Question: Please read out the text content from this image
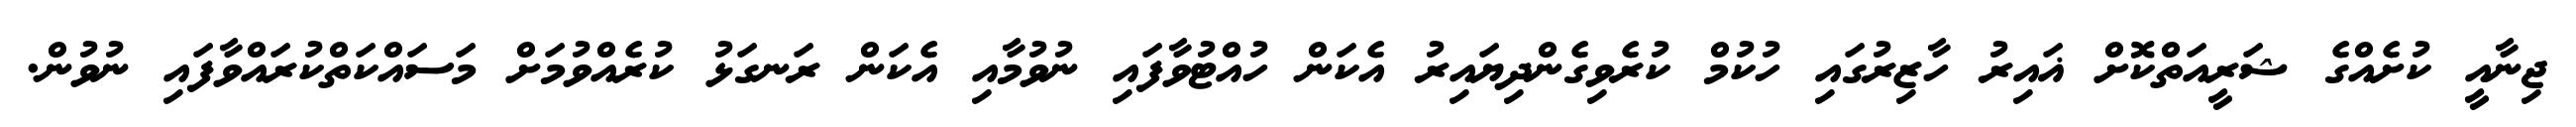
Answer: ޖިނާއީ ކުށެއްގެ ޝަރީއަތްކޮށް ޣައިރު ހާޒިރުގައި ހުކުމް ކުރެވިގެންދިޔައިރު އެކަން ހުއްޓުވާފައި ނުވުމާއި އެކަން ރަނގަޅު ކުރެއްވުމަށް މަސައްކަތްކުރައްވާފައި ނުވުން.